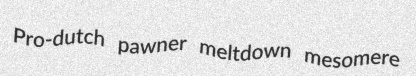
Pro-dutch pawner meltdown mesomere